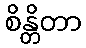
စိန္တိတာ